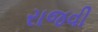
રાજવી